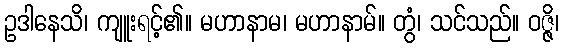
ဥဒါနေသိ၊ ကျူးရင့်၏။ မဟာနာမ၊ မဟာနာမ်။ တွံ၊ သင်သည်။ ဝဇ္ဇိ၊